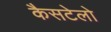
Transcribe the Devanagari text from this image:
कैसटेलो